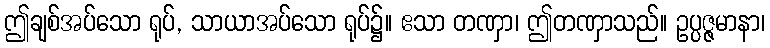
ဤချစ်အပ်သော ရုပ်, သာယာအပ်သော ရုပ်၌။ ဧသာ တဏှာ၊ ဤတဏှာသည်။ ဥပ္ပဇ္ဇမာနာ၊